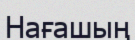
Нағашың